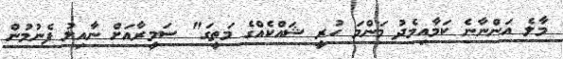
މާލެ އަންނާނެ ކަމާއިމެދު މަންމަ ހުރީ ޝައްކެއްގެ މަތީގަ" ސަމީރާއަށް ނާއިލު ފެނުމުން